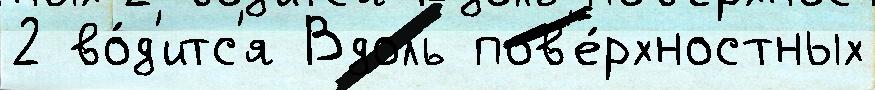
2 во́д'итс'я Вдоль пов'е́рхностных